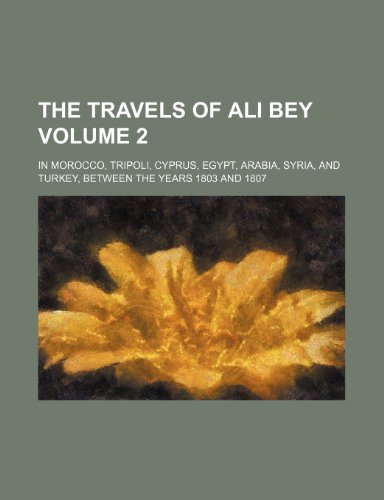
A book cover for The travels of Ali Bey Volume 2; in Morocco, Tripoli, Cyprus, Egypt, Arabia, Syria, and Turkey, between the years 1803 and 1807; Books Group; Travel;